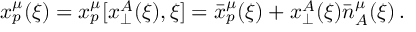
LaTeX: x _ { p } ^ { \mu } ( \xi ) = x _ { p } ^ { \mu } [ x _ { \perp } ^ { A } ( \xi ) , \xi ] = \bar { x } _ { p } ^ { \mu } ( \xi ) + x _ { \perp } ^ { A } ( \xi ) \bar { n } _ { A } ^ { \mu } ( \xi ) \, .